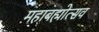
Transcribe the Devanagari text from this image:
महाबह्मोत्‍सव